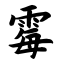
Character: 霉